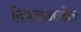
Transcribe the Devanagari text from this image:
दिवसअखेर